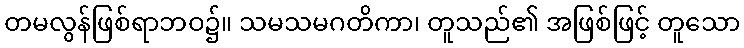
တမလွန်ဖြစ်ရာဘဝ၌။ သမသမဂတိကာ၊ တူသည်၏ အဖြစ်ဖြင့် တူသော